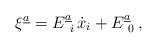
LaTeX: \begin{align*}\xi^{\underline{a}} = E^{\underline{a}}_{\ i}\, \dot{x}_{i} +E^{\underline{a}}_{\ 0} \, ,\end{align*}